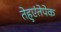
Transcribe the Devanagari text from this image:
तेहुएंतेपेक